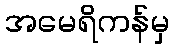
အမေရိကန်မှ